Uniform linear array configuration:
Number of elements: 4
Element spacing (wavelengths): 0.25
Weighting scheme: blackman
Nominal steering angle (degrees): -60
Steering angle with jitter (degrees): -61.752
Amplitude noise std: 0.05
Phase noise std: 0.05

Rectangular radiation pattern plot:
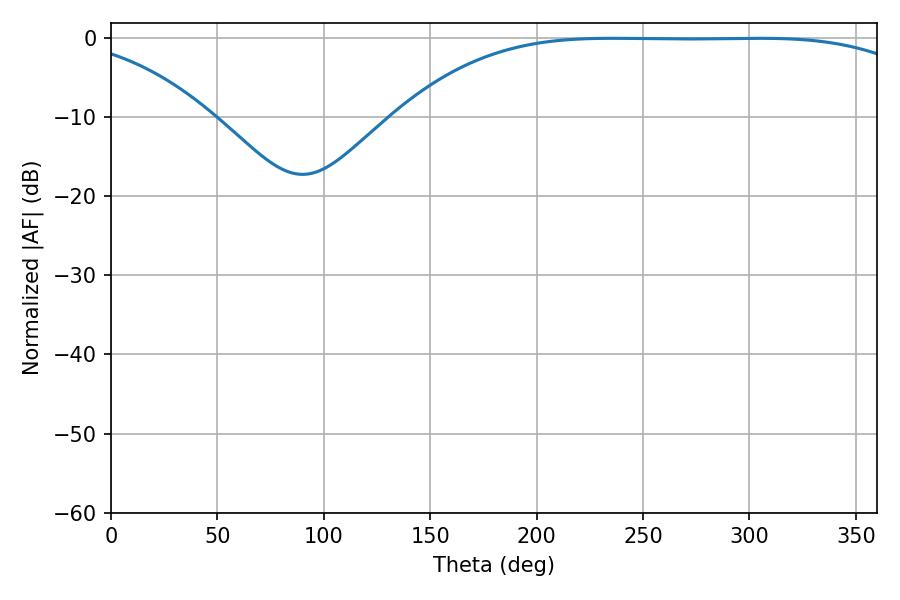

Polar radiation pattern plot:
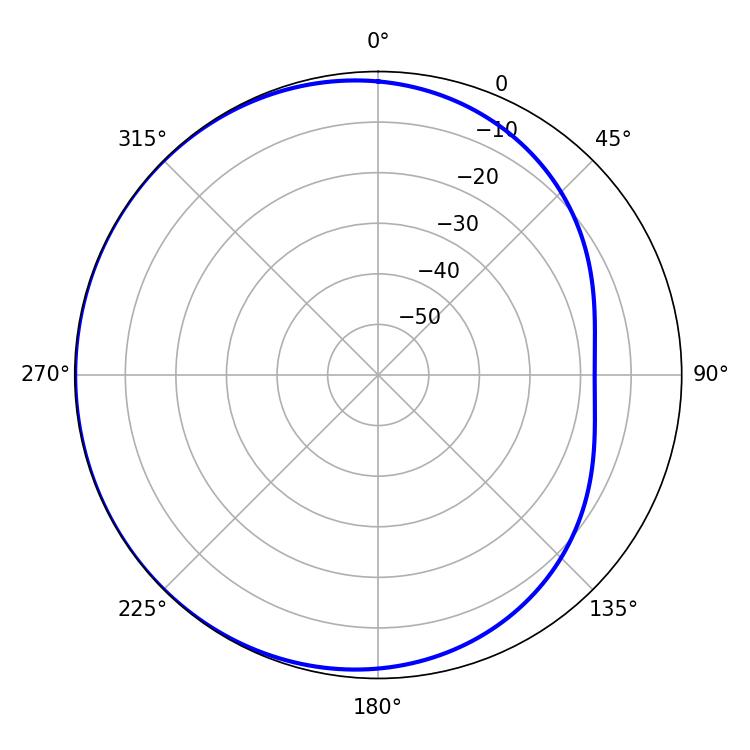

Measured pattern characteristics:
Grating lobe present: FALSE
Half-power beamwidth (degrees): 190.08
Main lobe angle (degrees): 235.62